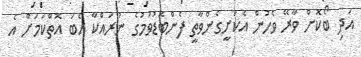
އަދި ބޯކޮށް ވާރޭ ވެހުން އެކަށީގެންވާތީ ފެންބޮޑުވުމުގެ ނުރައްކާ އެބަ އޮތްކަމަށް އެ